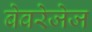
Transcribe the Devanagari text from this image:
बेवरेजेज